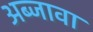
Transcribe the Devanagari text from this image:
अब्जावा